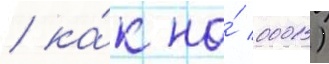
/ ка́к на́ 0001)